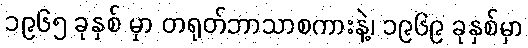
၁၉၆၅ ခုနှစ် မှာ တရုတ်ဘာသာစကားနဲ့၊ ၁၉၆၉ ခုနှစ်မှာ